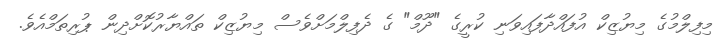
މިފިލްމުގެ މިޔުޒިކް އުފައްދާފައިވަނި ކުރީގެ "ދޫމް" ގެ ދެފިލްމަށްވެސް މިޔުޒިކް ތައްޔާރުކޮށްދިން ޕުރިތަމްއެވެ.